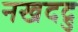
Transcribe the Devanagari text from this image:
नखदद्रु